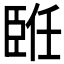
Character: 𦣨